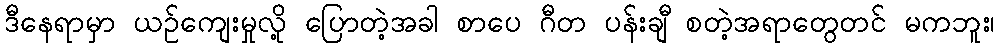
ဒီနေရာမှာ ယဉ်ကျေးမှုလို့ ပြောတဲ့အခါ စာပေ ဂီတ ပန်းချီ စတဲ့အရာတွေတင် မကဘူး၊